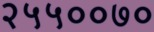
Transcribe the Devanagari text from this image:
२५५००७०